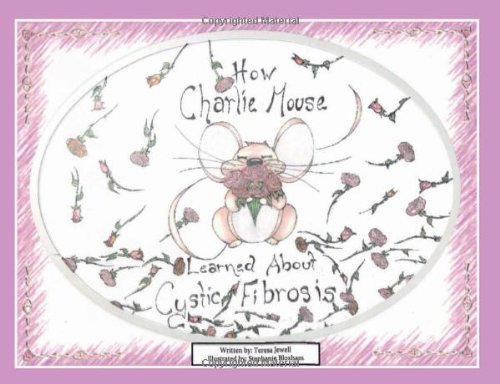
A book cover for How Charlie Mouse Learned About Cystic Fibrosis; Teresa Jewell; Health, Fitness & Dieting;